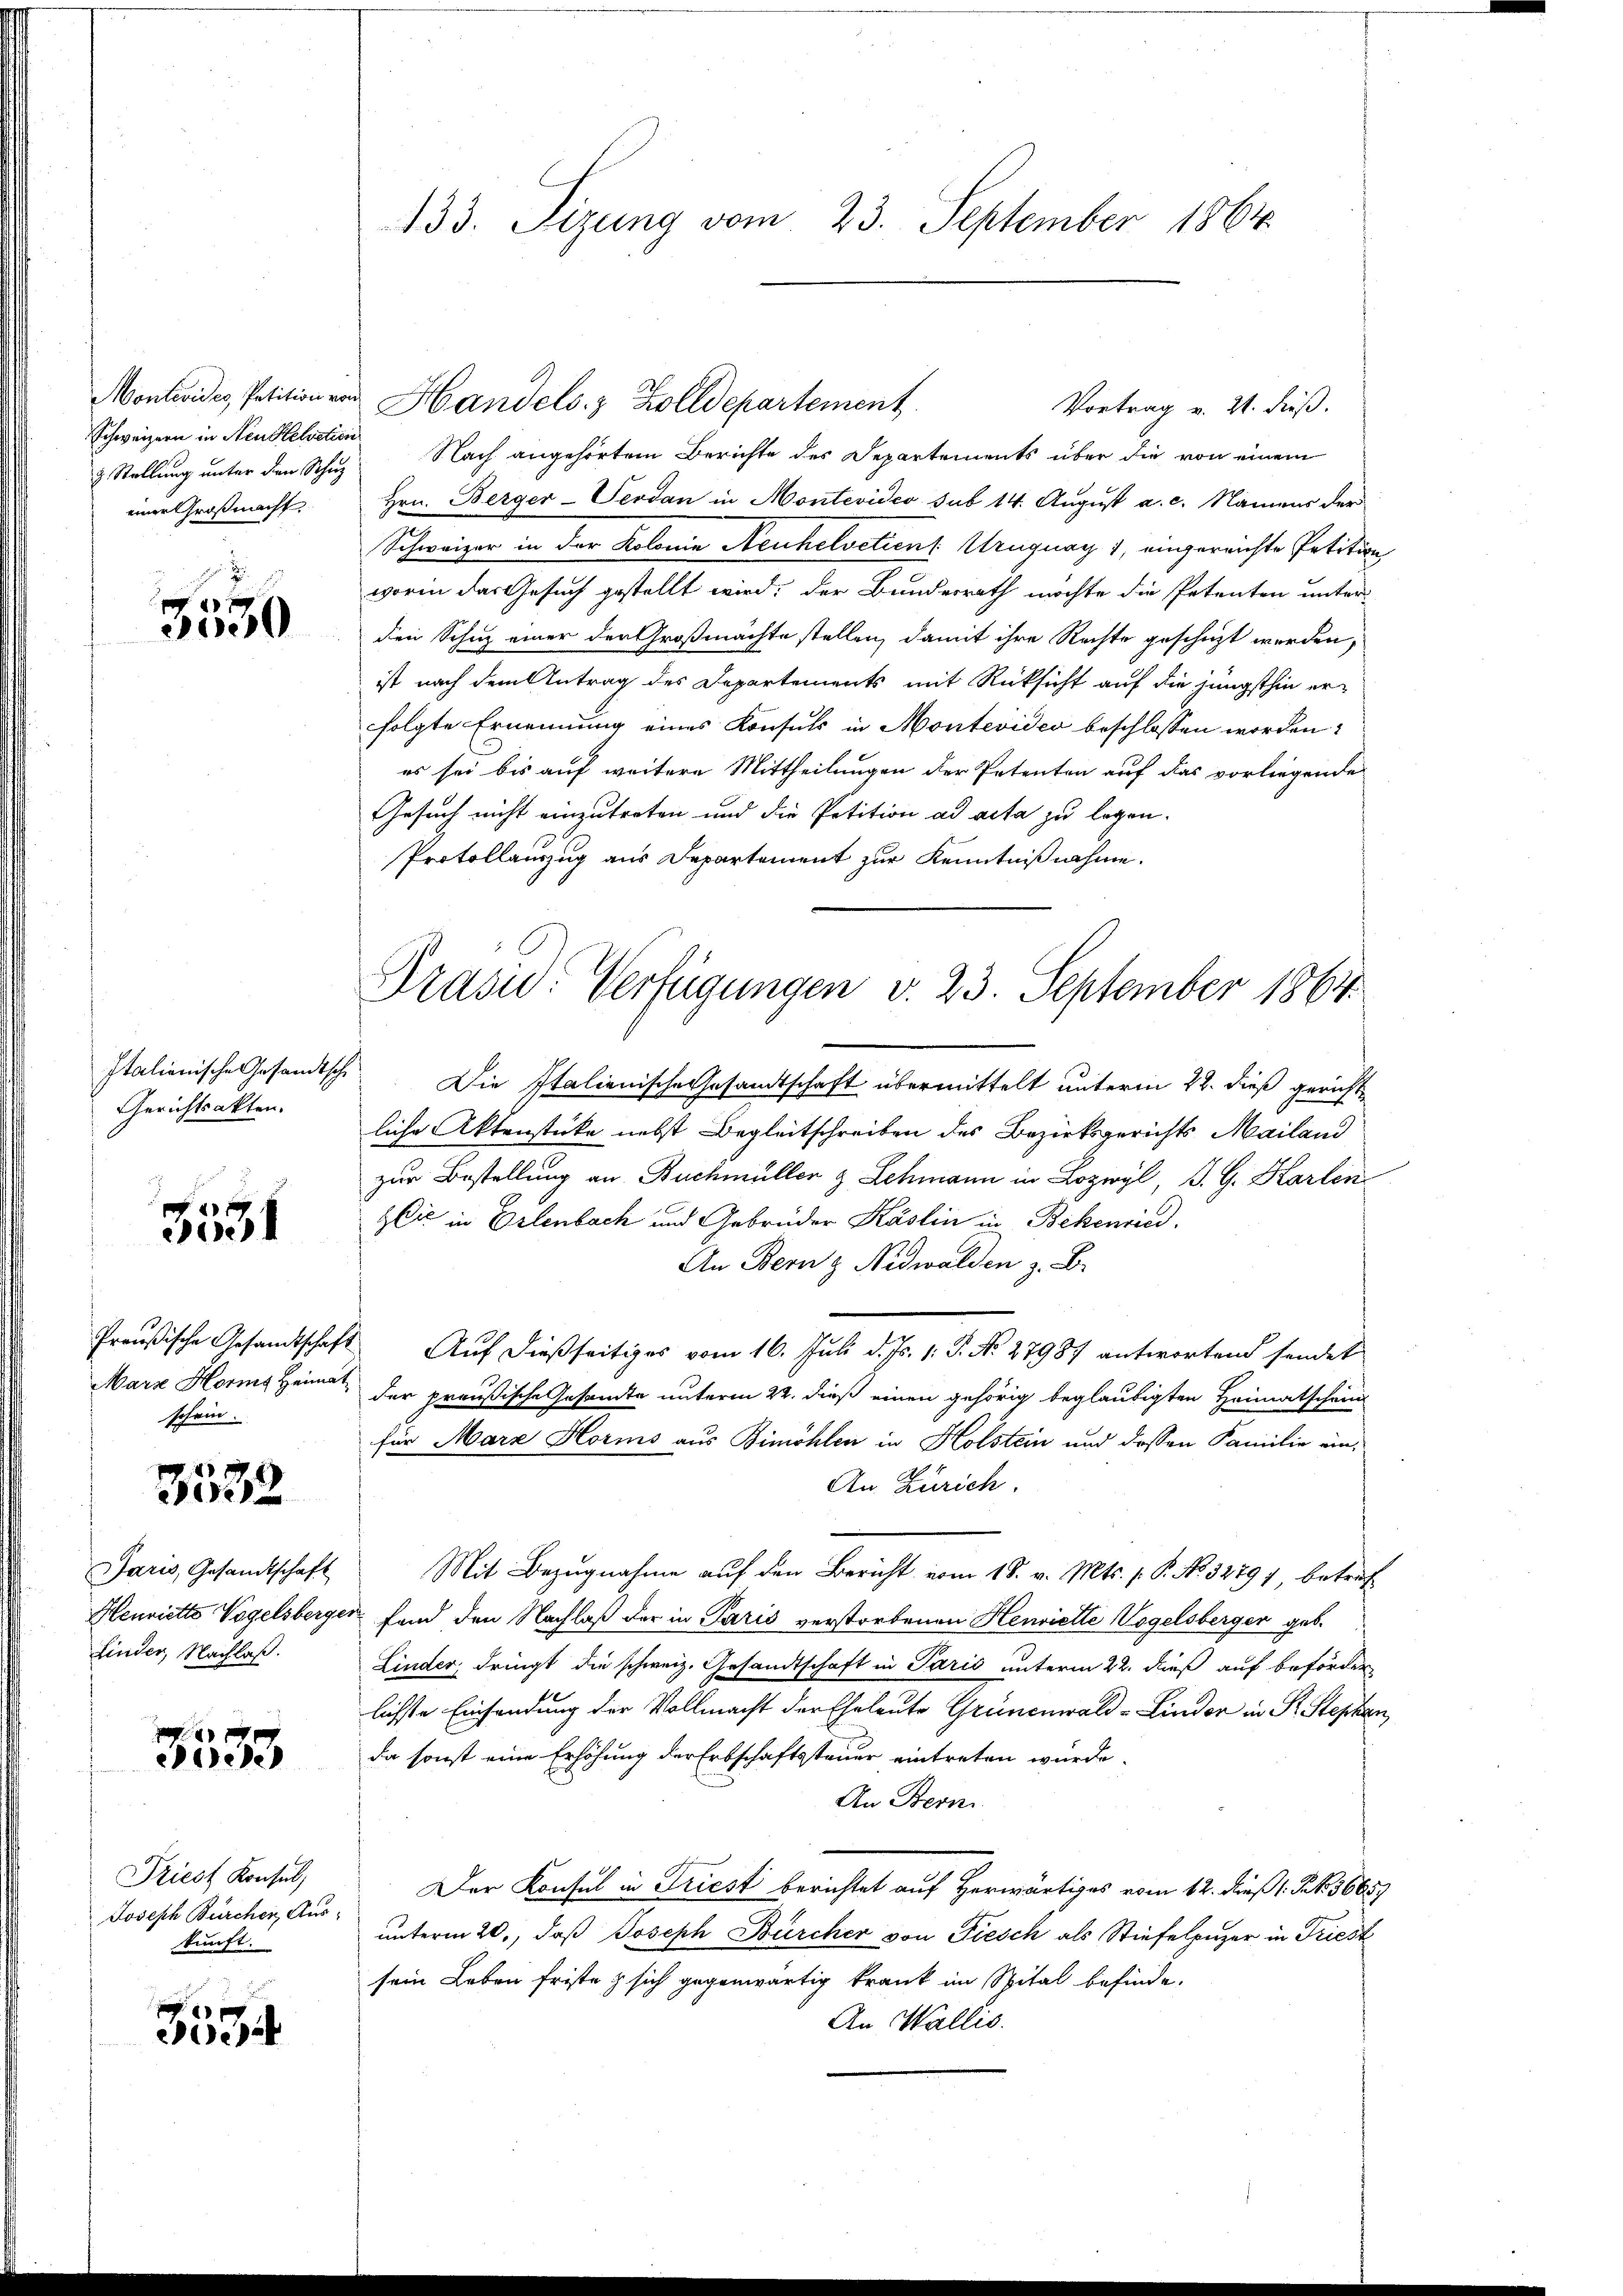
Montevides Petition von
Schweizern in Neu Helvetien
2 Stellung unter dien Schuz
einer Großnacht

3550

Italienische Gesandtsche
Gerichtsakten.

e
c

Preußische Gesandtschaft
Marz Horng Heimat
schein.

3532

Jaris, Gesandtschaft
Henriette Vogelsberg.
Linder, Nachlaß.

8333

Priest Konsul,
Joseph Bürchen, Aus-
kunft.

e

133. Sizung vom 23. September 1864

Handels z Zolldepartement
Nach angehörtem Berichte des Departements über die von einem
Hrn. Berger-Serdan in Montevideo sub 14. August a. c. Namens der
Schweizer in der Kolonie Neuhelvetient Uruguay 1, eingereichte Petition
worin das Gesuch gestellt wird; der Bundesrath möchte die Petenten unter
den Schuz einer der Großmachte stellen, damit ihre Rechte geschüzt werden,
ist nach dem Antrag des Departements mit Rücksicht auf die jüngsthin erfolgte Ernennung eines Konsuls in Montevideo beschlossen worden:
es sei bis auf weitere Mittheilungen der Petenten auf das vorliegende
Gesuch nicht einzutreten und die Petition ad acta zu legen.
Protollauszug aus Departement zur Kenntnißnahme.
Die Italienische Gesandtschaft übermittelt unterm 22. dieß gericht
liche Aktenstücke nebst Begleitschreiben des Bezirksgerichts Mailand
zur Bestellung an Buchmüller & Schmann in Lozwyl, J. G. Karlin
zić in Erlenbach und Gebrüder Käslin in Bekenried.
An Bern Nidwalden z. B.
Auf dießseitiges vom 16. Juli d. Js. 1. P. Nr. 27987 antwortend sendet
der preußische Gesandte unterm 22. dieß einen gehörig beglaubigten Heimatschein
für Mara Horis aus Bimohlen in Holstein und dessen Familie ein¬
An Zürich.
Mit Bezugnahme auf den Bericht vom 18. v. Mts. f. P. No. 32797 betreffand den Nachlaß der in Paris verstorbenen Henriette Vogelsberger geb.
Linder, dringt die schweiz. Gesandtschaft in Paris unterm 22. dieß auf beförder
lichste Einsendung der Vollmacht der Eheleute Grünenwald-Linder in Pr. Stepha
da sonst eine Erhöhung der Erbschaftssteuer eintreten würde.
An Bern.
Der Konsul in Triest berichtet auf Herwärtiges vom 12. dieß ( P. Nr. 1665,
unterm 20., daß Joseph Bürcher von Fiesch als Stiefelpuzer in Friesk
sein Leben friste & sich gegenwärtig krank im Spital befinde.
An Wallis.

Vortrag v. 21. dieß.

Präsid. Verfügungen v. 23. September 1864.